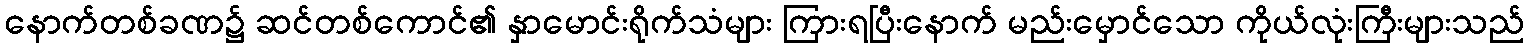
နောက်တစ်ခဏ၌ ဆင်တစ်ကောင်၏ နှာမောင်းရိုက်သံများ ကြားရပြီးနောက် မည်းမှောင်သော ကိုယ်လုံးကြီးများသည်